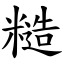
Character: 糙